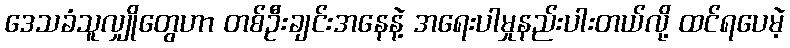
ဒေသခံသူလျှိုတွေဟာ တစ်ဦးချင်းအနေနဲ့ အရေးပါမှုနည်းပါးတယ်လို့ ထင်ရပေမဲ့